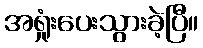
အရှုံးပေးသွားခဲ့ပြီ။